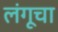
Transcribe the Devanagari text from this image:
लंगूचा